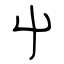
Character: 屮